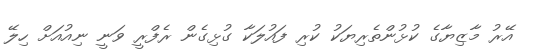
އޭރު މާޒިޔާގެ ކުޅުންތެރިޔަކު ކުރި ފައުލަކާ ގުޅިގެން ރެފްރީ ވަނީ ނިއުއަށް ހިލޭ